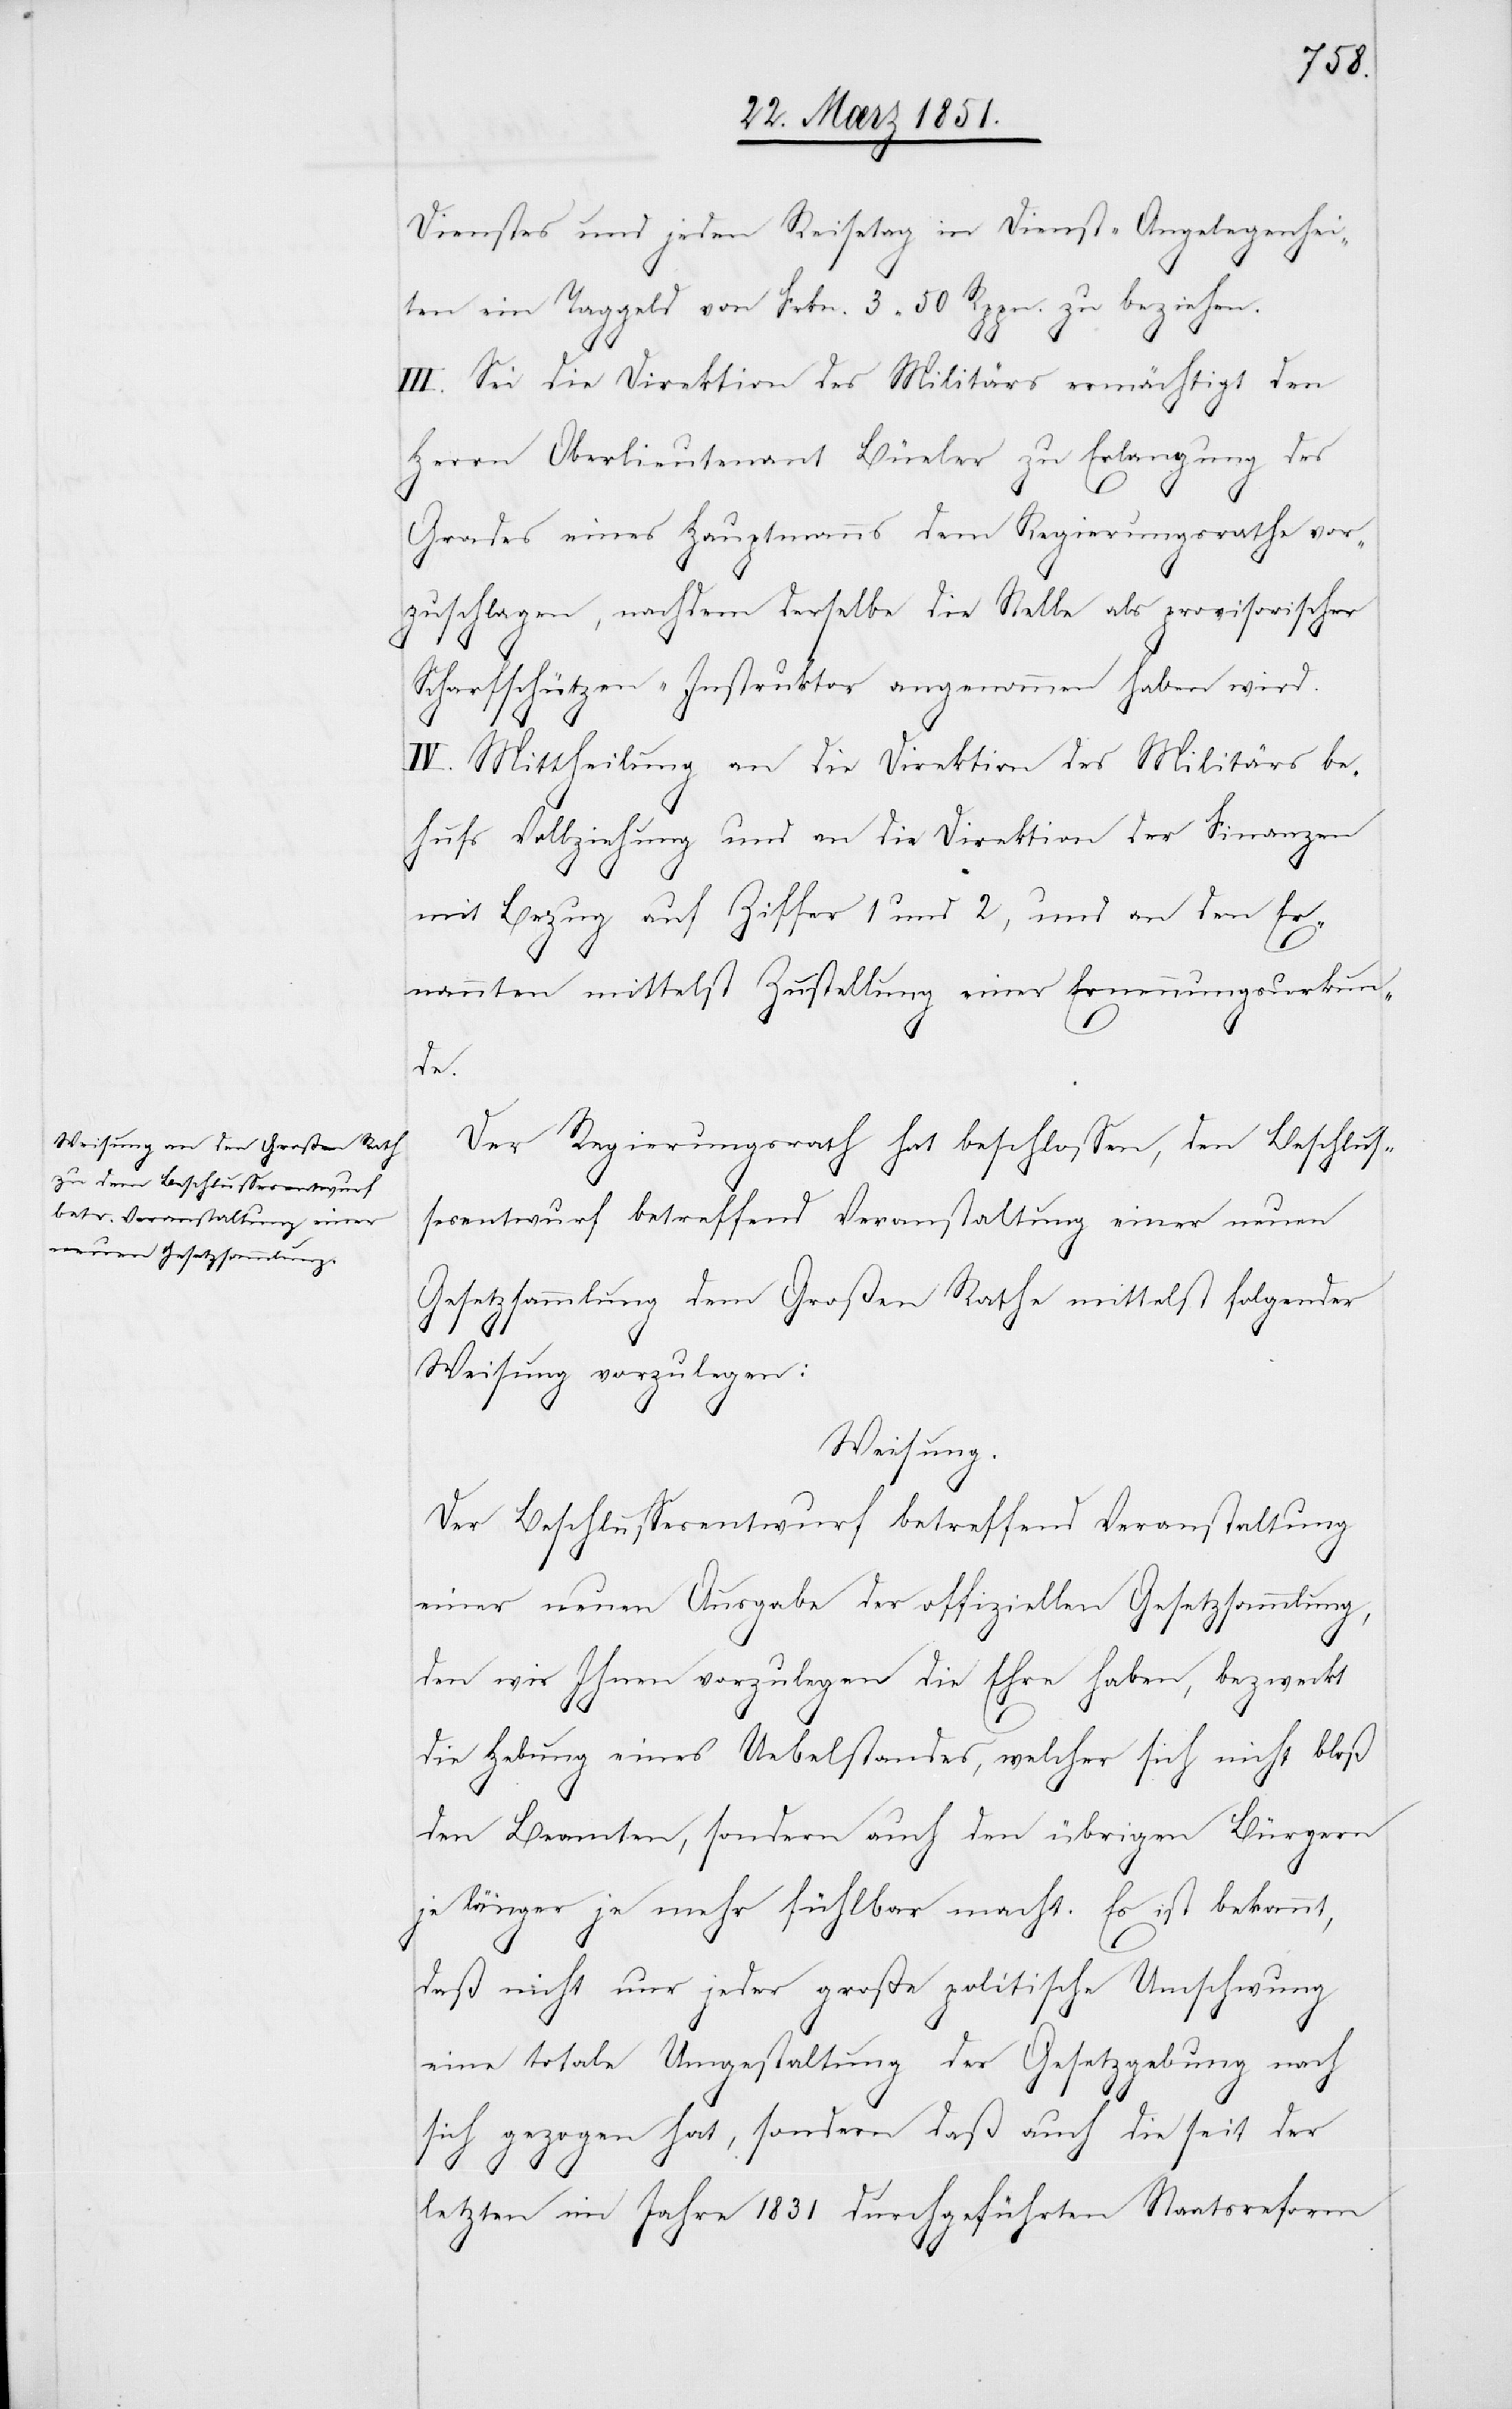
Dienstes und jeden Reisetag in Dienst-Angelegenhei¬
ten ein Taggeld von Frkn. 3 50 Rppn. zu beziehen.
III. Sei die Direktion des Militärs ermächtigt den
Herrn Oberlieutenant Büeler zu Erlangung des
Grades eines Hauptmanns dem Regierungsrathe vor¬
zuschlagen, nachdem derselbe die Stelle als provisorischer
Scharfschützen-Instruktor angenommen haben wird.
IV. Mittheilung an die Direktion des Militärs be¬
hufs Vollziehung und an die Direktion der Finanzen
mit Bezug auf Ziffer 1 und 2, und an den Er¬
nannten mittelst Zustellung einer Ernennungsurkun¬
de.